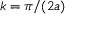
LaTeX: k = \pi / ( 2 a )